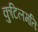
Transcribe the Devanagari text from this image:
कुटिलमतिः